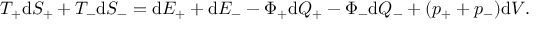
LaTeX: T _ { + } \mathrm { d } S _ { + } + T _ { - } \mathrm { d } S _ { - } = \mathrm { d } E _ { + } + \mathrm { d } E _ { - } - \Phi _ { + } \mathrm { d } Q _ { + } - \Phi _ { - } \mathrm { d } Q _ { - } + ( p _ { + } + p _ { - } ) \mathrm { d } V .